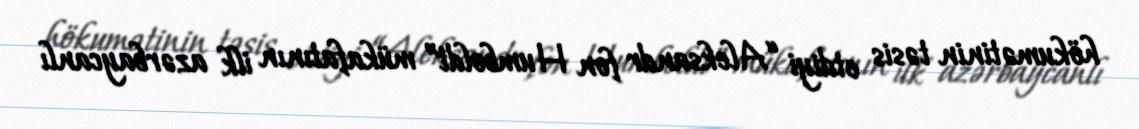
hökumətinin təsis etdiyi “Aleksandr fon Humboldt” mükafatının ilk azərbaycanlı